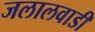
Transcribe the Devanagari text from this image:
जलालवाडी